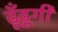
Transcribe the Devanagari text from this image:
ढूँढूगी